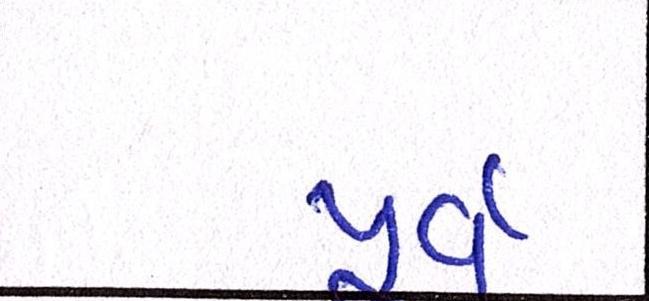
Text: પુર્વ